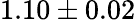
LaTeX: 1.10\pm 0.02